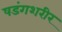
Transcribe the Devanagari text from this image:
षडंगशरीर